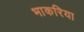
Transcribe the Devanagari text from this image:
भाकरिया